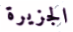
الجزيرة